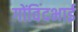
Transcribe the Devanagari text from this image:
गोंविंदभाई